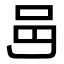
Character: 𨙨